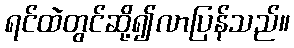
ရင်ထဲတွင်ဆို့၍လာပြန်သည်။